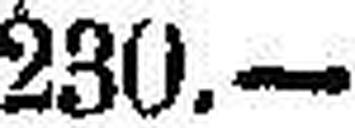
230.—